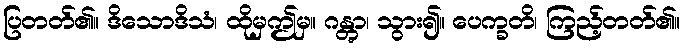
ပြတတ်၏။ ဒိသောဒိသံ၊ ထိုမှဤမှ။ ဂန္တွာ၊ သွား၍။ ပေက္ခတိ၊ ကြည့်တတ်၏။